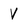
Character: v